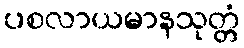
ပစလာယမာနသုတ္တံ